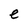
Character: e